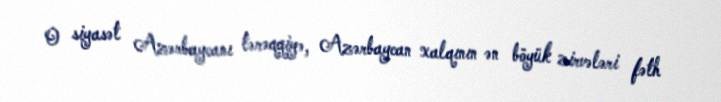
O siyasət Azərbaycanı tərəqqiyə, Azərbaycan xalqının ən böyük zirvələri fəth